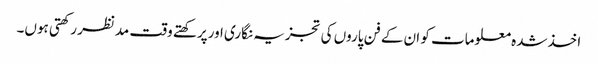
اخذشدہ معلومات کو ان کے فن پاروں کی تجزیہ نگاری اورپرکھتے وقت مدنظر رکھتی ہوں۔